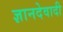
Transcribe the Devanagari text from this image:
ज्ञानदेवादी